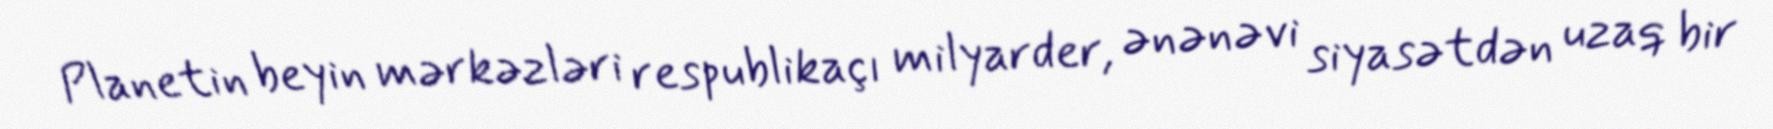
Planetin beyin mərkəzləri respublikaçı milyarder, ənənəvi siyasətdən uzaq bir